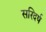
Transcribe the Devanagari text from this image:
सरिदर्ष